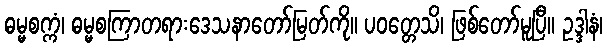
ဓမ္မစက္ကံ၊ ဓမ္မစကြာတရားဒေသနာတော်မြတ်ကို။ ပဝတ္တေသိ၊ ဖြစ်တော်မူပြီ။ ဥဒ္ဒါနံ၊